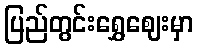
ပြည်တွင်းရွှေဈေးမှာ